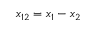
x _ { 1 2 } = x _ { 1 } - x _ { 2 }